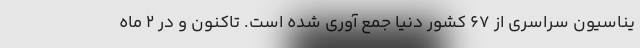
یناسیون سراسری از 67 کشور دنیا جمع آوری شده است. تاکنون و در 2 ماه